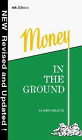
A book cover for Money in the Ground-Insider's Guide to Oil and Gas Deals (4th Ed.); John Orban; Business & Money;